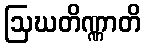
ဩဃတိဏ္ဏာတိ